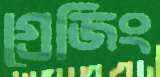
গ্রেজিং